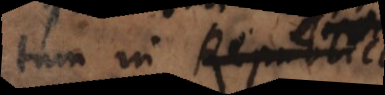
tum in Republi